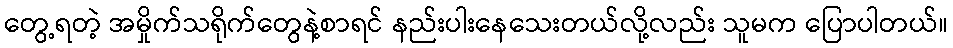
တွေ့ရတဲ့ အမှိုက်သရိုက်တွေနဲ့စာရင် နည်းပါးနေသေးတယ်လို့လည်း သူမက ပြောပါတယ်။